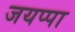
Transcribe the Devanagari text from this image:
जयप्पा